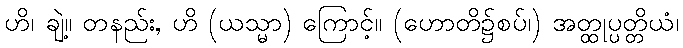
ဟိ၊ ချဲ့။ တနည်း, ဟိ (ယသ္မာ) ကြောင့်။ (ဟောတိ၌စပ်၊) အတ္ထုပ္ပတ္တိယံ၊